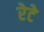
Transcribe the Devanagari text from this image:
रेटे